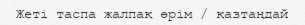
Жеті таспа жалпақ өрім / қазтаңдай